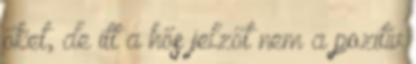
őket, de itt a hős jelzőt nem a pozitív